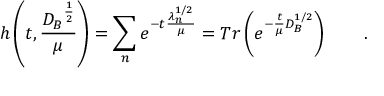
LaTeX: h \left( t , \frac { { D _ { B } } ^ { \frac 1 2 } } { \mu } \right) = \sum _ { n } e ^ { - t \frac { \lambda _ { n } ^ { 1 / 2 } } \mu } = T r \left( e ^ { - \frac t \mu D _ { B } ^ { 1 / 2 } } \right) \qquad .